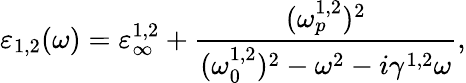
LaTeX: \varepsilon_{1,2}(\omega)=\varepsilon_{\infty}^{1,2}+\frac{(\omega_{p}^{1,2})^{2}}{(\omega_{0}^{1,2})^{2}-\omega^{2}-i\gamma^{1,2}\omega},